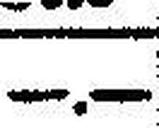
—.—